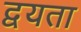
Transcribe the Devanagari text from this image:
द्वयता